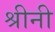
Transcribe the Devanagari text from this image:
श्रीनी